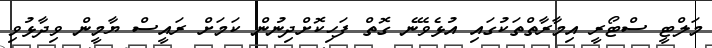
މަލްޓީ ސްޓޯރީ އިމާރާތްތަކުގައި އުޅެވޭނެ ގޮތް ފަހިކޮށްދިނުން ކަމަށް ރައީސް ޔާމީން ވިދާޅުވި